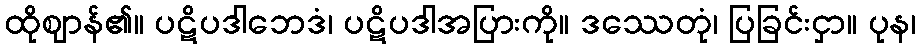
ထိုဈာန်၏။ ပဋိပဒါဘေဒံ၊ ပဋိပဒါအပြားကို။ ဒဿေတုံ၊ ပြခြင်းငှာ။ ပုန၊